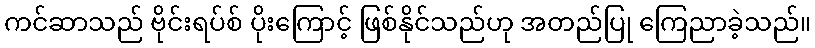
ကင်ဆာသည် ဗိုင်းရပ်စ် ပိုးကြောင့် ဖြစ်နိုင်သည်ဟု အတည်ပြု ကြေညာခဲ့သည်။